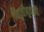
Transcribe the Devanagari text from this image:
निवृत्तीबुवांनी